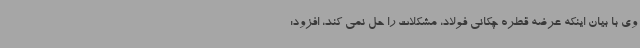
وی با بیان اینکه عرضه قطره چکانی فولاد، مشکلات را حل نمی کند، افزود: